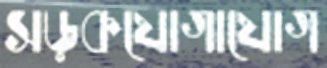
সড়কযোগাযোগ